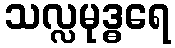
သလ္လမုဒ္ဓရေ